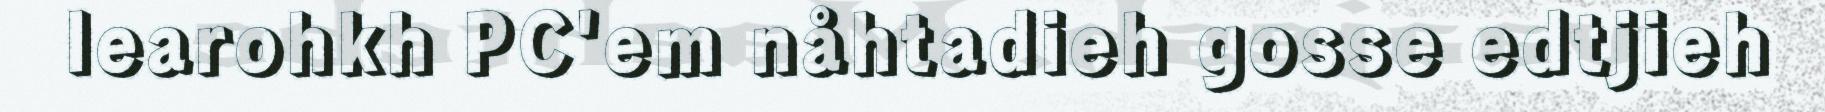
learohkh PC'em nåhtadieh gosse edtjieh